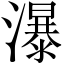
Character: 瀑